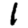
Digit: 1